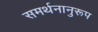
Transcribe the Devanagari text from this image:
समर्थनानुरूप